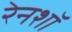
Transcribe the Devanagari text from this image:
रेनशॉ